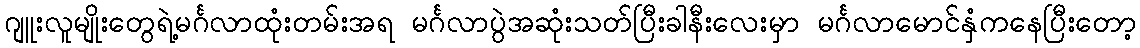
ဂျူးလူမျိုးတွေရဲ့မင်္ဂလာထုံးတမ်းအရ မင်္ဂလာပွဲအဆုံးသတ်ပြီးခါနီးလေးမှာ မင်္ဂလာမောင်နှံကနေပြီးတော့